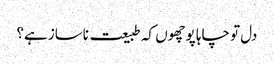
دل تو چاہا پوچھوں کہ طبیعت ناساز ہے؟